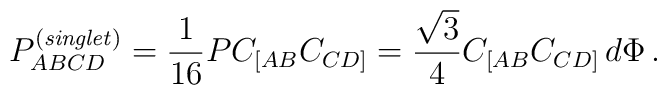
P_{ABCD}^{\left({\it singlet}\right)} = \frac{1}{16}P C_{[AB} C_{CD]}= \frac{\sqrt{3}}{ 4}C_{[AB} C_{CD]}\, d\Phi\, .